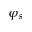
\varphi _ { s }